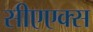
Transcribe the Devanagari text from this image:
सीएएक्स